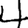
Digit: 4